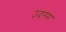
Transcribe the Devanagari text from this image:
उद्‌गम